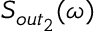
S _ { o u t _ { 2 } } ( \omega )